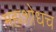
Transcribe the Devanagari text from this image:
महाशोधच